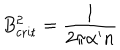
B _ { \mathrm { c r i t } } ^ { 2 } = \frac { 1 } { 2 \pi \alpha ^ { \prime } n }